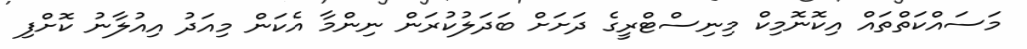
މަސައްކަތްތައް އިކޮނޮމިކް މިނިސްޓްރީގެ ދަށަށް ބަދަލުކުރަން ނިންމާ އެކަން މިއަދު އިއުލާނު ކޮށްފި